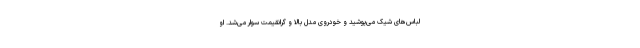
لباس‌های شیک می‌پوشید و خودروی مدل بالا و گرانقیمت سوار می‌شد. او